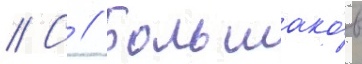
// С // Большако́в